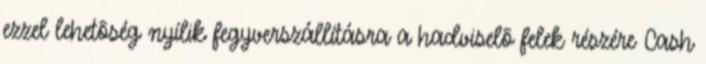
ezzel lehetõség nyílik fegyverszállításra a hadviselõ felek részére Cash